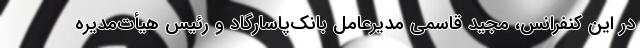
در این کنفرانس، مجید قاسمی مدیرعامل بانک‌پاسارگاد و رئیس هیأت‌مدیره